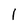
Character: l